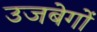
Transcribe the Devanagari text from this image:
उजबेगों